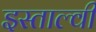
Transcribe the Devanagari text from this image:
इस्ताल्वी